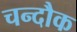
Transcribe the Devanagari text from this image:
चन्दौक